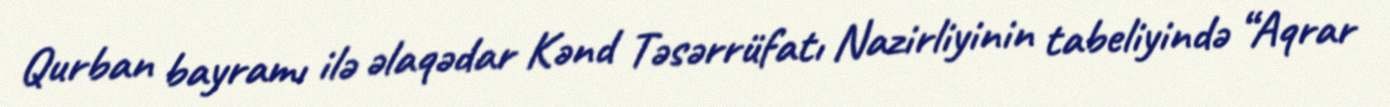
Qurban bayramı ilə əlaqədar Kənd Təsərrüfatı Nazirliyinin tabeliyində “Aqrar